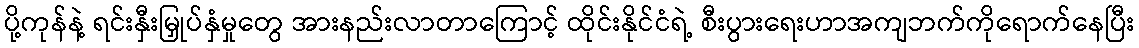
ပို့ကုန်နဲ့ ရင်းနှီးမြှုပ်နှံမှုတွေ အားနည်းလာတာကြောင့် ထိုင်းနိုင်ငံရဲ့ စီးပွားရေးဟာအကျဘက်ကိုရောက်နေပြီး